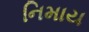
નિમાય